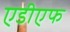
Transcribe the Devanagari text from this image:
एडीएफ